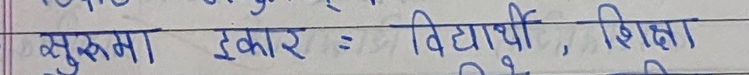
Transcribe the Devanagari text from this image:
सुचना इकाई = विद्यार्थी, शिक्षा